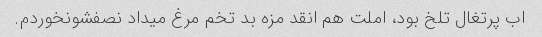
اب پرتغال تلخ بود، املت هم انقد مزه بد تخم مرغ میداد نصفشو‌نخوردم.